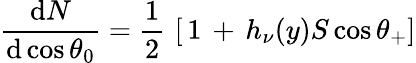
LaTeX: {\frac{\mathrm{d}N}{\mathrm{d}\cos\theta_{0}}}={\frac{1}{2}}\, \left[\, 1\, +\, h_{\nu}(y)S\cos\theta_{+}\right]